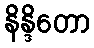
နိန္ဒိတော